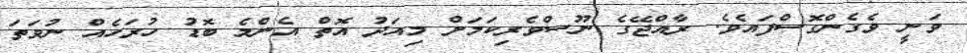
ވަނީ ވެގެންގޮސްފައެވެ. ރާއްޖޭގެ ނޫސްވެރިކަމަށް މިއަދު އޮތް އެންމެ ބޮޑު ހުރަހެއް ނުވަތަ